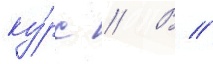
ку́рс // В //